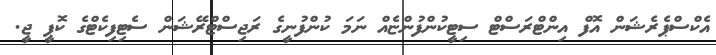
އެކްސްޕެރެޝަން އޮފް އިންޓްރަސްޓް ސިޓީކުންފުންޏެއް ނަމަ ކުންފުނީގެ ރަޖިސްޓްރޭޝަން ސެޓިފިކެޓްގެ ކޮޕީ ޖީ.